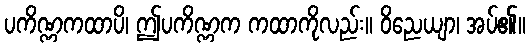
ပကိဏ္ဏကထာပိ၊ ဤပကိဏ္ဏက ကထာကိုလည်း။ ဝိညေယျာ၊ အပ်၏။